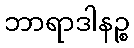
ဘာရာဒါနဉ္စ